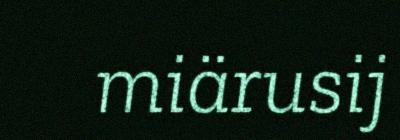
miärusij